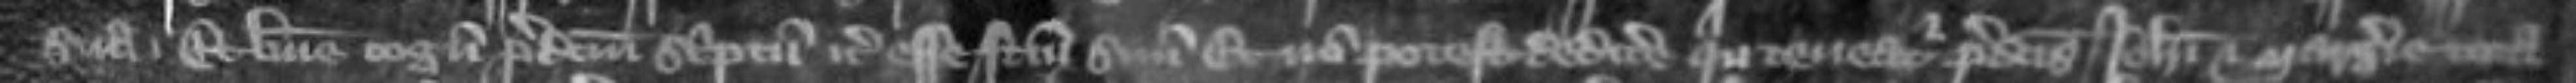
sua et bene cognoscit predictum scriptum etc esse factum suum et non potest dedicere quin teneatur predictis Johanni et Margerie tota